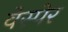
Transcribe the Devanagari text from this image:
वेस्पेर